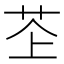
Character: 𫇳